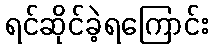
ရင်ဆိုင်ခဲ့ရကြောင်း